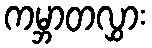
ကမ္ဘာတလွှား